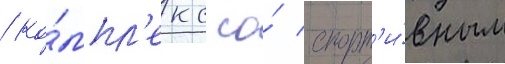
/ ко́мпл'екс со́ спорт'и́вным